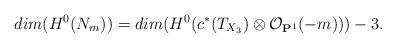
LaTeX: \begin{align*}dim(H^0(N_m))=dim(H^0(c^\ast(T_{X_3})\otimes \mathcal O_{\mathbf P^1}(-m)))-3.\end{align*}